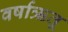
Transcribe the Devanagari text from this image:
वर्षाऋतू